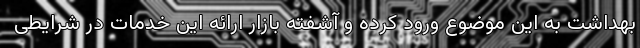
بهداشت به این موضوع ورود کرده و آشفته بازار ارائه این خدمات در شرایطی